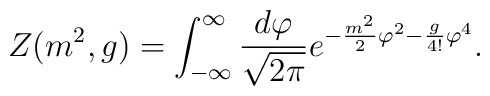
Z(m^{2},g)=\int_{-\infty}^{\infty}\frac{d\varphi}{\sqrt{2\pi}}e^{-\frac{m^{2}}{2}\varphi^{2}-\frac{g}{4!}\varphi^{4}}.